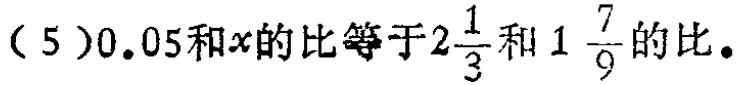
（5）$0.05$和$x$的比等于$2\frac{1}{3}$和$1\frac{7}{9}$的比。